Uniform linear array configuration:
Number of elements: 64
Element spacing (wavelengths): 1
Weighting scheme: cosine
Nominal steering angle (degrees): -45
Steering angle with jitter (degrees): -43.071
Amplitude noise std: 0.05
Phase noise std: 0.05

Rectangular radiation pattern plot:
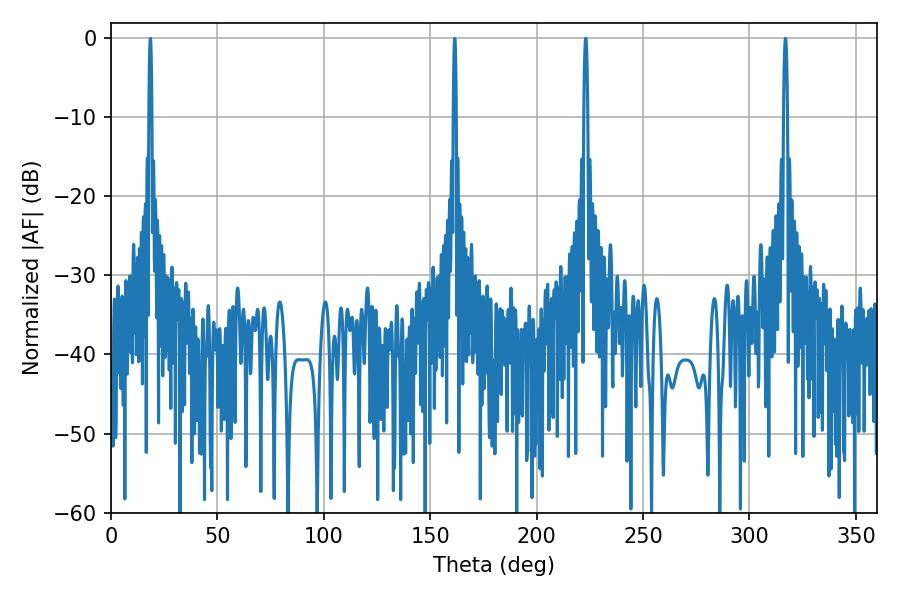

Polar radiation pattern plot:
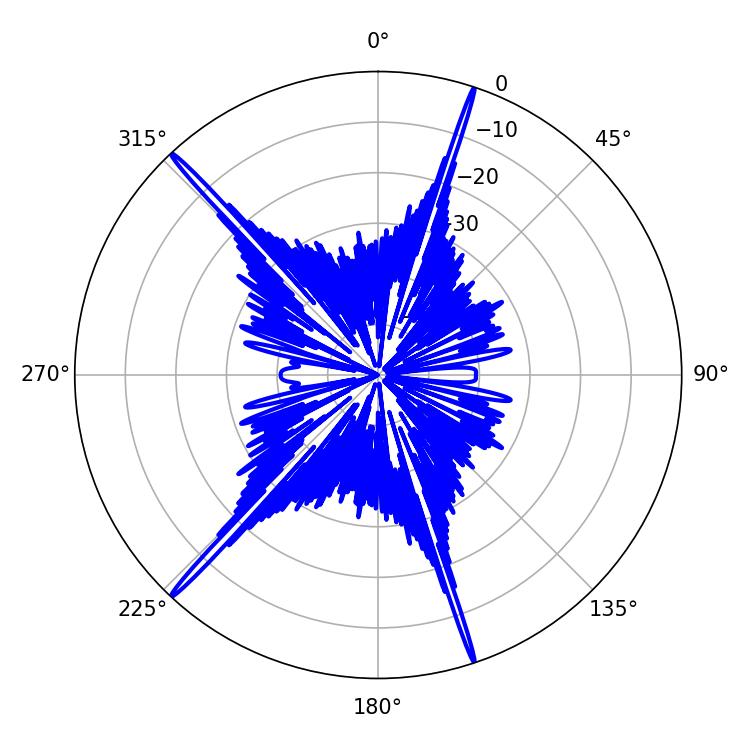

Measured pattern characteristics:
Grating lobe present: TRUE
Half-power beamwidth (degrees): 0.9
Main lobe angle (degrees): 223.02